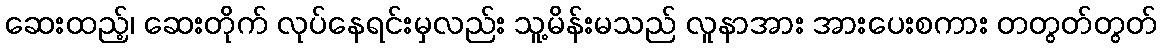
ဆေးထည့်၊ ဆေးတိုက် လုပ်နေရင်းမှလည်း သူ့မိန်းမသည် လူနာအား အားပေးစကား တတွတ်တွတ်